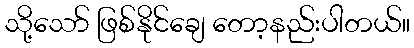
သို့သော် ဖြစ်နိုင်ချေ တော့နည်းပါတယ်။